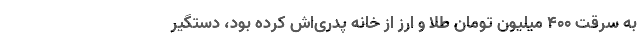
به سرقت ۴۰۰ میلیون تومان طلا و ارز از خانه پدری‌اش کرده بود، دستگیر